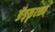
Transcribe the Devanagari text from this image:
ङॅङ्ळृश्ळ्फ्